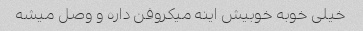
خیلی خوبه خوبیش اینه میکروفن داره و وصل میشه